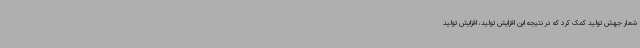
شعار جهش تولید کمک کرد که در نتیجه این افزایش تولید، افزایش تولید